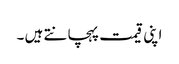
اپنی قیمت پہچانتے ہیں ۔